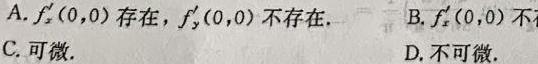
A. $f_{x}'(0,0)$存在，$f_{y}'(0,0)$不存在.
B. $f_{x}'(0,0)$不存
C. 可微.
D. 不可微.